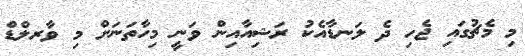
މި މެޗުގައި ޖެހި ދެ ލަނޑާއެކު ރަޝިއާއިން ވަނީ މިހާތަނަށް މި ވާރލްޑް